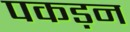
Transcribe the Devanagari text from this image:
पकड़न